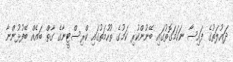
ދައުލަތުގެ ފައިސާ ނަހަމަގޮތުގައި ބޭނުންކުރި ކަމުގެ ތުހުމަތުގައި ކްރިސްޓީނާގެ ގާތް ބައެއް ބޭފުޅުންނާ